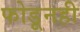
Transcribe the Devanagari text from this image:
फोडूनही